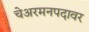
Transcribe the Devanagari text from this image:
चेअरमनपदावर